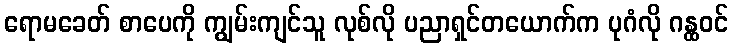
ရောမခေတ် စာပေကို ကျွမ်းကျင်သူ လုစ်လို ပညာရှင်တယောက်က ပုဂံလို ဂန္ထဝင်